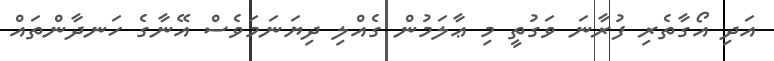
އަދި އޯގާތެރި ފުރާނަ ވަގުތީ މި ޢާލަމުން ގެއްލި ދިޔަނަމަވެސް އޭނާގެ ހަނދާންތައް